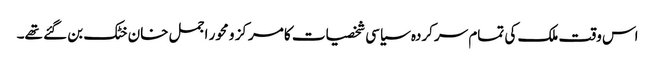
اس وقت ملک کی تمام سرکردہ سیاسی شخصیات کا مرکز و محور اجمل خان خٹک بن گئے تھے۔